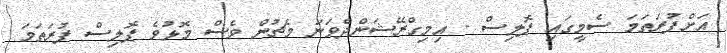
އަށްފުރަތަމަ ސެމީގައި ޕޮލިސް - އިމިގްރޭޝަންދެވަނަ މެޗުން ވެސް މޮޅުވެ ޕޮލިސް ފުރަތަމަ